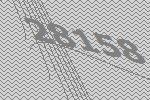
28158